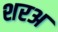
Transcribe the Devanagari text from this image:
शरअ